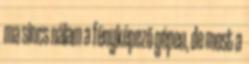
ma sincs nálam a fényképező gépen, de most a